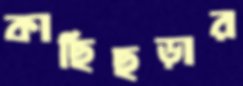
কাছিছড়ার